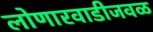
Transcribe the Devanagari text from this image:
लोणारवाडीजवळ